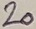
Text: 20